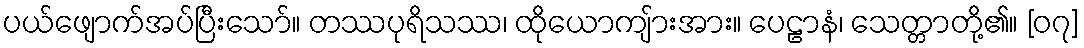
ပယ်ဖျောက်အပ်ပြီးသော်။ တဿပုရိသဿ၊ ထိုယောကျ်ားအား။ ပေဠာနံ၊ သေတ္တာတို့၏။ [၀၇]